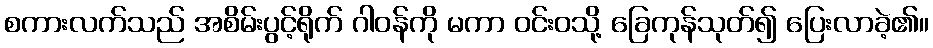
စကားလက်သည် အစိမ်းပွင့်ရိုက် ဂါဝန်ကို မကာ ဝင်းဝသို့ ခြေကုန်သုတ်၍ ပြေးလာခဲ့၏။